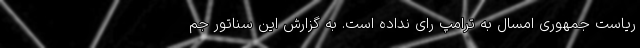
ریاست جمهوری امسال به ترامپ رای نداده است. به گزارش این سناتور جم